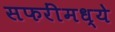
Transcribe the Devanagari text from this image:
सफरींमध्ये